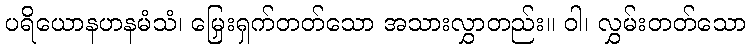
ပရိယောနဟနမံသံ၊ မြှေးရှက်တတ်သော အသားလွှာတည်း။ ဝါ၊ လွှမ်းတတ်သော